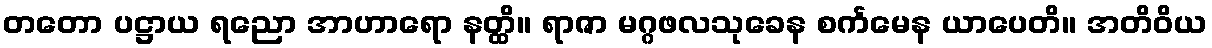
တတော ပဋ္ဌာယ ရညော အာဟာရော နတ္ထိ။ ရာဇာ မဂ္ဂဖလသုခေန စင်္ကမေန ယာပေတိ။ အတိဝိယ